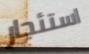
استئجار